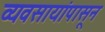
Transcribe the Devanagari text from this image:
व्यवसायांपासून